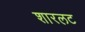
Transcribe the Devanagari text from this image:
शारलट